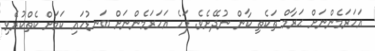
އަހަރަމެންނަށް ޙަރާމް ތަކެތި ކާން ނުދޭށެވެ. ފަހެ އަހަރަމެންނަށް ބަނޑުހައި ކަމަށް ކެތްކުރެވި